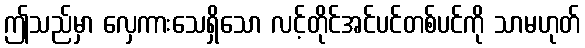
ဤသည်မှာ လှေကားသေရှိသော လင့်တိုင်အင်ပင်တစ်ပင်ကို သာမဟုတ်